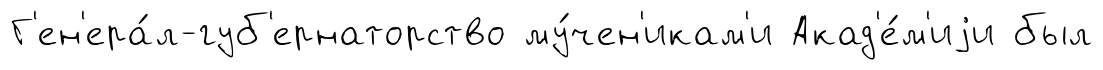
Г'ен'ера́л-губ'ернаторство му́чен'икам'и Акад'е́м'иjи был